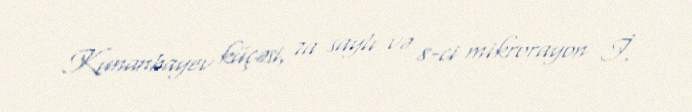
Kunanbayev küçəsi, 7a saylı və 8-ci mikrorayon İ.